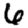
Digit: 6